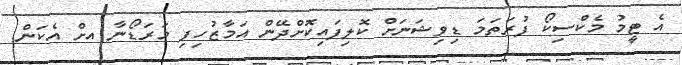
އެ ޓީމު މެކްސިކޯ ފުރަތަމަ ޑިވިޝަނަށް ކޮލިފައިކޮށްދޭން އަމާޒުހިފި މަރަޑޯނާ އށް އެކަން